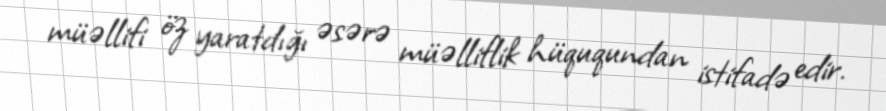
müəllifi öz yaratdığı əsərə müəlliflik hüququndan istifadə edir.